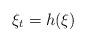
LaTeX: \begin{align*}\xi_{t}= h(\xi)\end{align*}